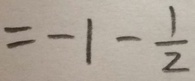
= - 1 - \frac { 1 } { 2 }